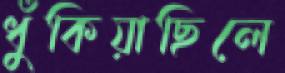
ধুঁকিয়াছিলে